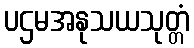
ပဌမအနုသယသုတ္တံ